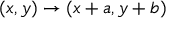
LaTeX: ( x , y ) \rightarrow ( x + a , y + b )